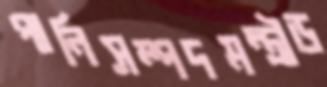
পানিসম্পদমন্ত্রীড